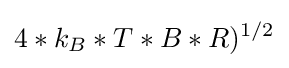
4*k_{B}*T*B*R)^{1/2}